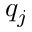
q _ { j }